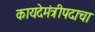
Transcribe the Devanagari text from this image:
कायदेमंत्रीपदाचा